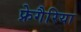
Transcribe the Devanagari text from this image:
फ्रेगैरिया